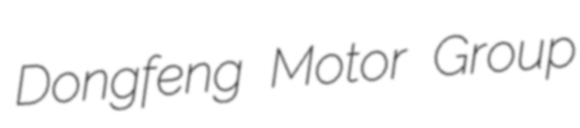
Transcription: Dongfeng Motor Group